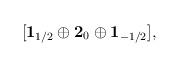
LaTeX: \begin{align*}[{\bf 1}_{1/2} \oplus {\bf 2}_{0} \oplus {\bf 1}_{-1/2}],\end{align*}